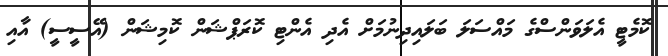
ކޮމެޓީ އެލަވަންސްގެ މައްސަލަ ބަލައިދިނުމަށް އެދި އެންޓި ކޮރަޕްޝަން ކޮމިޝަން (އޭސީސީ) އާއި